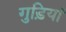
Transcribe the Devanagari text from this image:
गुड़ियां